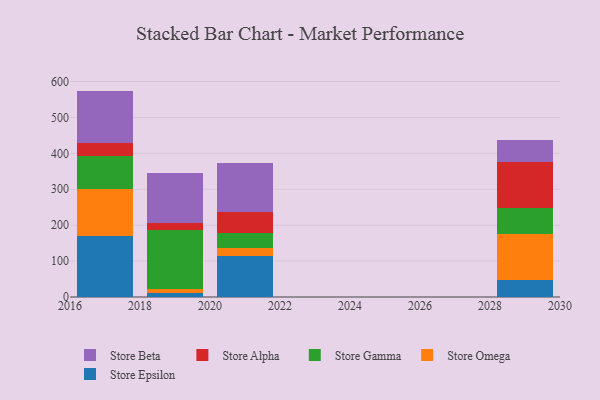
{"axis": {"x": "Year", "y": "Latency (ms)"}, "legend": ["Store Alpha", "Store Beta", "Store Epsilon", "Store Gamma", "Store Omega"], "data": [{"x": "2019", "y": 11.9, "type": "Store Epsilon"}, {"x": "2019", "y": 10.8, "type": "Store Omega"}, {"x": "2019", "y": 164.2, "type": "Store Gamma"}, {"x": "2019", "y": 19.3, "type": "Store Alpha"}, {"x": "2019", "y": 140.1, "type": "Store Beta"}, {"x": "2017", "y": 170.3, "type": "Store Epsilon"}, {"x": "2017", "y": 129.7, "type": "Store Omega"}, {"x": "2017", "y": 92.3, "type": "Store Gamma"}, {"x": "2017", "y": 35.5, "type": "Store Alpha"}, {"x": "2017", "y": 146.3, "type": "Store Beta"}, {"x": "2021", "y": 115.1, "type": "Store Epsilon"}, {"x": "2021", "y": 20.0, "type": "Store Omega"}, {"x": "2021", "y": 42.8, "type": "Store Gamma"}, {"x": "2021", "y": 58.6, "type": "Store Alpha"}, {"x": "2021", "y": 135.8, "type": "Store Beta"}, {"x": "2029", "y": 48.4, "type": "Store Epsilon"}, {"x": "2029", "y": 128.0, "type": "Store Omega"}, {"x": "2029", "y": 71.2, "type": "Store Gamma"}, {"x": "2029", "y": 127.7, "type": "Store Alpha"}, {"x": "2029", "y": 61.7, "type": "Store Beta"}]}